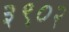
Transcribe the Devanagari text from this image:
३९०२